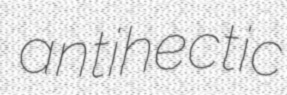
antihectic